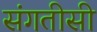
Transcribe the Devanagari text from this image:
संगतीसी